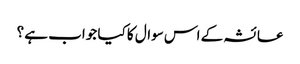
عائشہ کے اس سوال کا کیا جواب ہے ؟